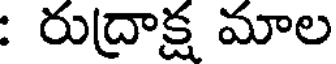
: రుద్రాక్ష మాల